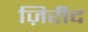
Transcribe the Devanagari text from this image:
ज़िरीद